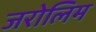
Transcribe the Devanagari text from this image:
जरोलिम